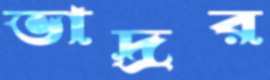
ভাদ্রর